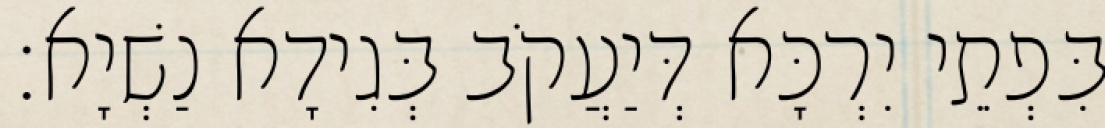
בִּפְתֵי יִרְכָּא דְּיַעֲקֹב בְּגִידָא נַשְׁיָא׃